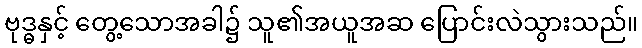
ဗုဒ္ဓနှင့် တွေ့သောအခါ၌ သူ၏အယူအဆ ပြောင်းလဲသွားသည်။